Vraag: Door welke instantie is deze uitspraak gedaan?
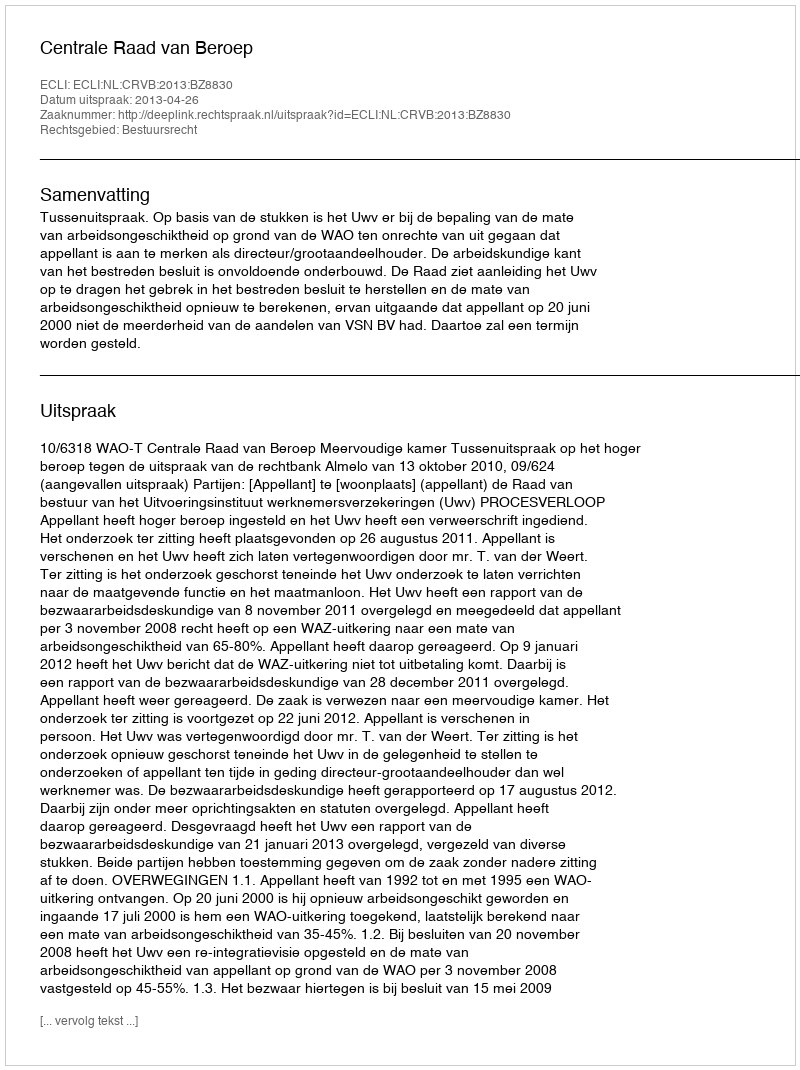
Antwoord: Centrale Raad van Beroep